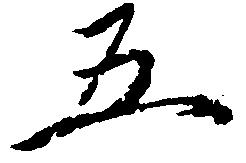
五